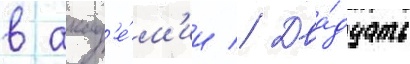
в акад'е́м'ии // Два́дцать